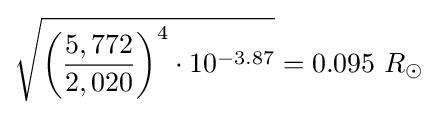
{\sqrt {{\biggl (}{\frac {5,772}{2,020}}{\biggr )}^{4}\cdot 10^{-3.87}}}=0.095\ R_{\odot }